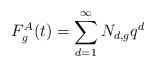
LaTeX: \begin{align*}F_g^A(t) = \sum_{d=1}^\infty N_{d,g} q^d\end{align*}